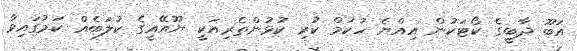
އަބޫ ދާބީގެ ކޯޓަކުން އިއްޔެ ހުކުމް ކުރި ކުޅުންތެރިއަކީ ޔޫއޭއީގެ ކުލަބެއް ކަމުގައިވާ